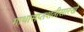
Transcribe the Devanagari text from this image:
गाथासप्तशतीसारखे